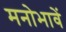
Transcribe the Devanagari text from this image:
मनोभावें